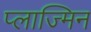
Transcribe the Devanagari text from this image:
प्लाज्मिन